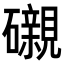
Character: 𥗒